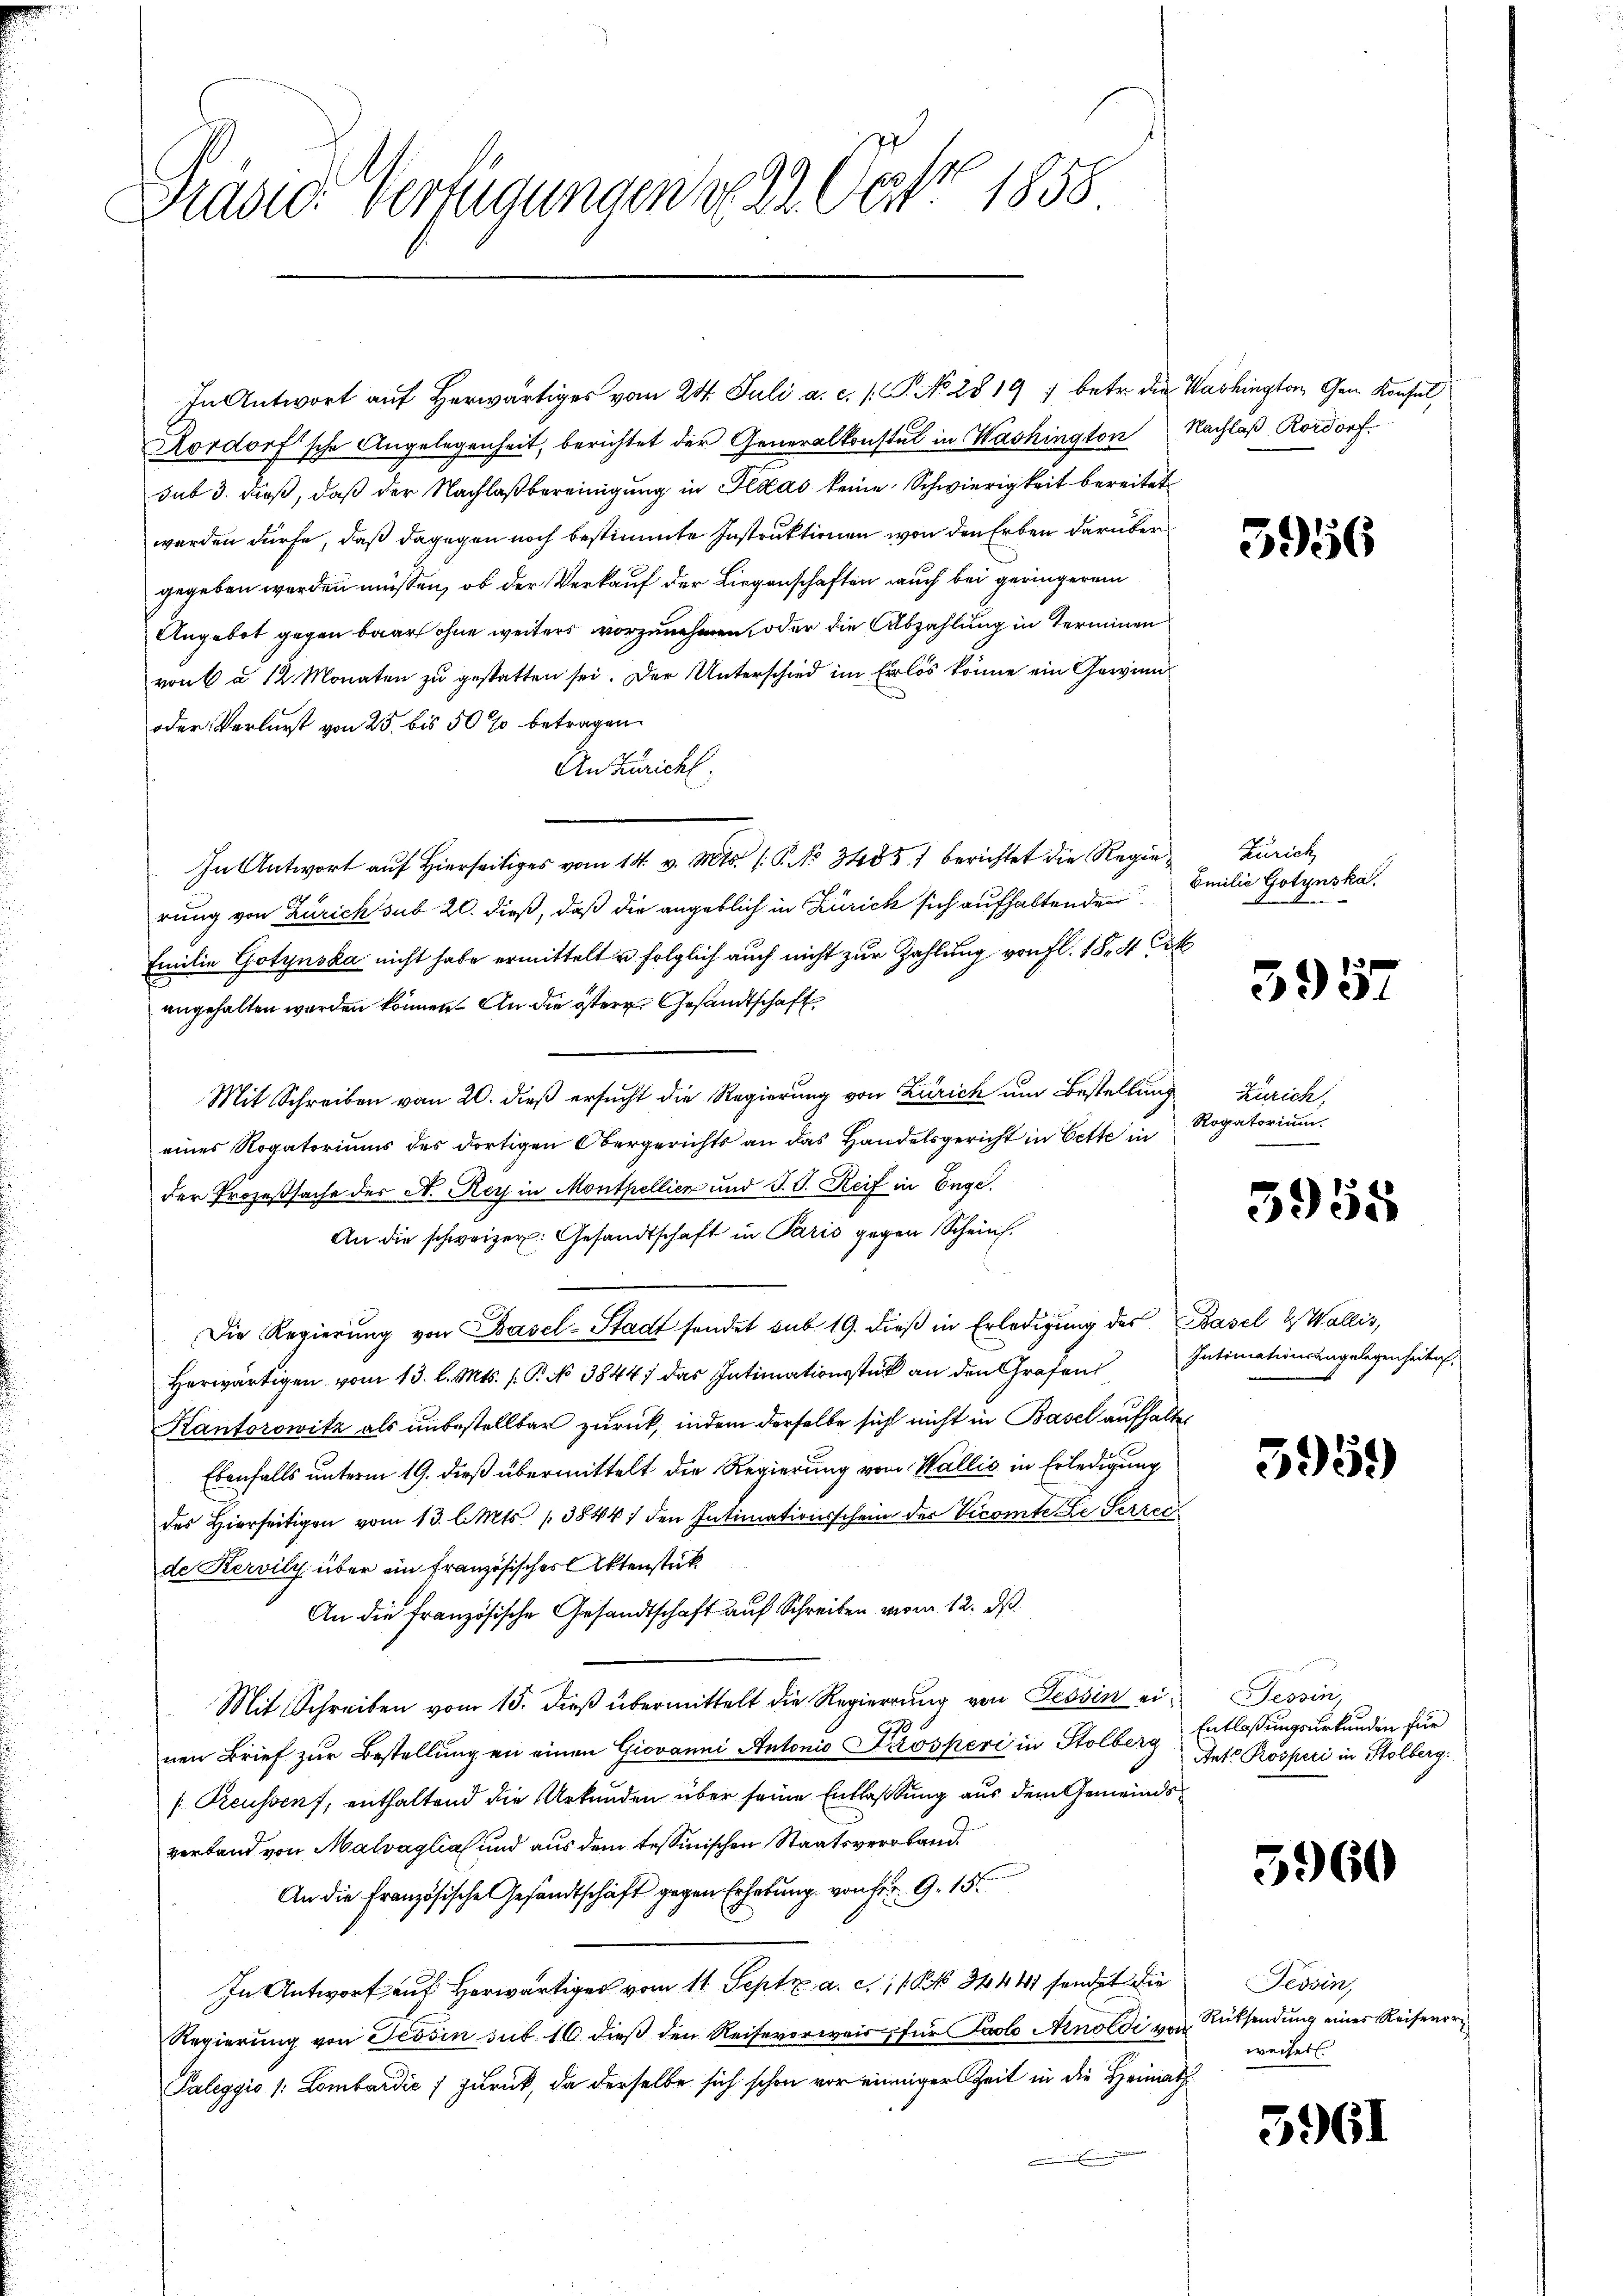
Präsid. Verfügungen 1822. Oester 1858.

In Antwort aŭf herwärtiges vom 24. Juli a. c. s. S. No 28 19) betr. die Washington Gen. Konsul,
Rordorf'sche Angelegenheit, berichtet der Generalkonstal in Washington Nachlaß Rordorf.
sub 3. dieß, daß der Nachlaßbereinigung in Texas keine Schwierigkeit bereitet
werden dürfe, daß dagegen noch bestimmte Instruktionen von den Erben darüber
gegeben werden müssen, ob der Verkauf der Liegenschaften auch bei geringerem
Angebot gegen baar ohne weiters vorzunehmen, oder die Abzahlung in Terminen
von 6 a 12 Monaten zu gestatten sei. Der Unterschied im Erlös könne ein Gewinn¬
oder Verlurst von 25 bis 50 % betragen.
An Zürich,
In Antwort auf Hierseits vom 14. v. Mts. 1. No. 3485) berichtet die Regierung von Zürich sub 20. dieß, daß die angeblich in Zürick sich aufhaltende
Emilie Gotynska nicht habe ermittelt u folglich auch nicht zur Zahlung von fl. 18. 4
angehalten werden können. An die östere Gesandtschaft
Mit Schreiben vom 20. dieß ersucht die Regierung von Zürich um Bestellung
eines Rogatoriums des dortigen Obergerichts an das Handelsgericht in Cette in
der Prozeßsache des A. Rey in Monthellien und J. P. Reif in Enge.
An die schweizer: Gesandtschaft in Paris gegen Schein.
Die Regierung von Basel-Stadt sendet sub 19. dieß in Erledigung des Basel & Wallis,
Herwärtigen vom 13. l. Mts. s P. No 3844; das Intimationsstück an den Grafen
Kantorowitz als unbestellbar zurück, indem derselbe sich nicht in Basel aufhalte
Ebenfalls unterm 19. dieß übermittelt die Regierung von Wallis in Erledigung
des hierseitigen vom 13. l. Mts. 38441 den Intimationsschein der Vicomte de Serrec
de Kervily über ein französisches Aktenstück
An die französische Gesandtschaft auf Schreiben vom 12. ds.
Mit Schreiben vom 15. dieß übermittelt die Regierung von Tessin einen Brief zur Bestellung an einen Giovanni Antonio Prosperi in Stolberg
[Preussens, enthaltend die Urkunden über seine Entlaßung aus dem Gemeindsverband von Malvaglia und aus dem tessinischen Staatsverband
An die französische Gesandtschaft gegen Erhebung von Fr. 9. 15.
In Antwort auf herwärtiges vom 11. Sept. a. c. 11 § 34441 sendet die
Regierung von Tessin sub. 16. dieß den Reisevorweis für Paolo Arnoldi von
Paleggio (: Lombardić ) zurück, da derselbe sich schon vor einiger Zeit in die Heimath

Zürich
Emilie Gotynska
e

Zürich,
Rogatorium

3956

3957

3958

Intimationsangelegenheit,

3959

Tessin,
Entlassungsurkunden für
Ant. Rosperi in Stolberg.

5960

Tessin,
Rücksendung eines Reiserer
weiserl.

5961